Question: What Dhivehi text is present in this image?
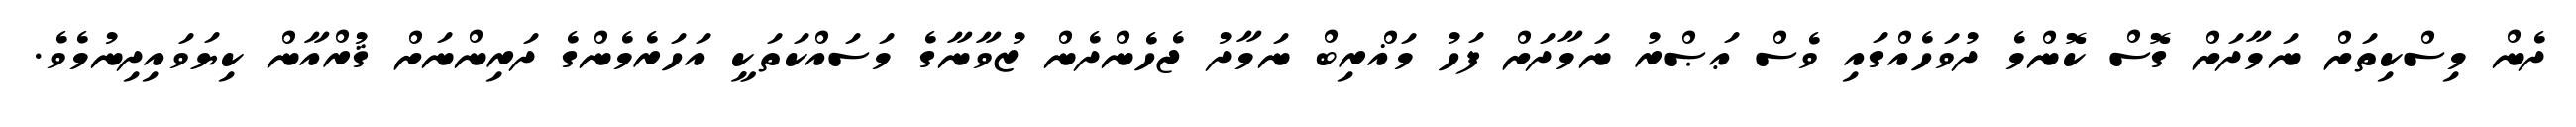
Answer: ދެން މިސްކިތަށް ނަމާދަށް ގޮސް ކޮންމެ ދުވަހެއްގައި ވެސް ޢަޞްރު ނަމާދަށް ފަހު މަޣްރިބް ނަމާދު ޖެހެންދެން ޒުވާނާގެ މަސައްކަތަކީ އަހަރެމެންގެ ދަރިންނަށް ޤުރްއާން ކިޔަވައިދިނުމެވެ.